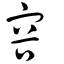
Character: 容